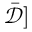
\bar { \mathcal { D } } ]